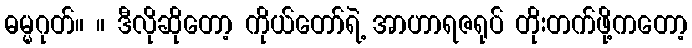
ဓမ္မဂုတ်။ ။ ဒီလိုဆိုတော့ ကိုယ်တော်ရဲ့ အာဟာရဇရုပ် တိုးတက်ဖို့ကတော့